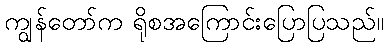
ကျွန်တော်က ရိုစအကြောင်းပြောပြသည်။